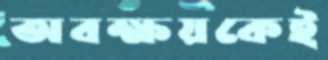
অবক্ষয়কেই